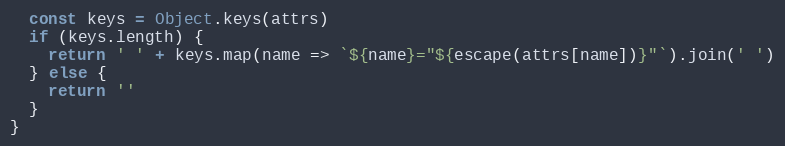
Language: JavaScript
  const keys = Object.keys(attrs)
  if (keys.length) {
    return ' ' + keys.map(name => `${name}="${escape(attrs[name])}"`).join(' ')
  } else {
    return ''
  }
}